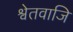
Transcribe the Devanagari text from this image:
श्वेतवाजि